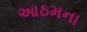
આઠમના